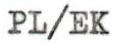
PL/EK